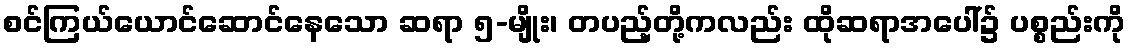
စင်ကြယ်ယောင်ဆောင်နေသော ဆရာ ၅-မျိုး၊ တပည့်တို့ကလည်း ထိုဆရာအပေါ်၌ ပစ္စည်းကို